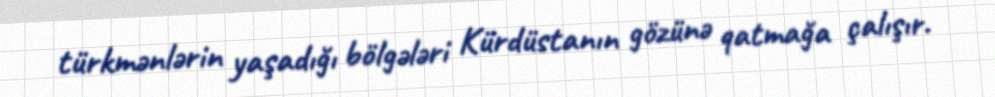
türkmənlərin yaşadığı bölgələri Kürdüstanın gözünə qatmağa çalışır.